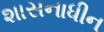
શાસનાધીન